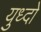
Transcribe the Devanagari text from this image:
युध्दो